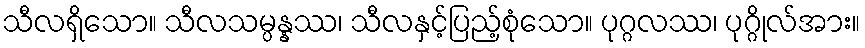
သီလရှိသော။ သီလသမ္ပန္နဿ၊ သီလနှင့်ပြည့်စုံသော။ ပုဂ္ဂလဿ၊ ပုဂ္ဂိုလ်အား။